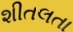
શીતલતા